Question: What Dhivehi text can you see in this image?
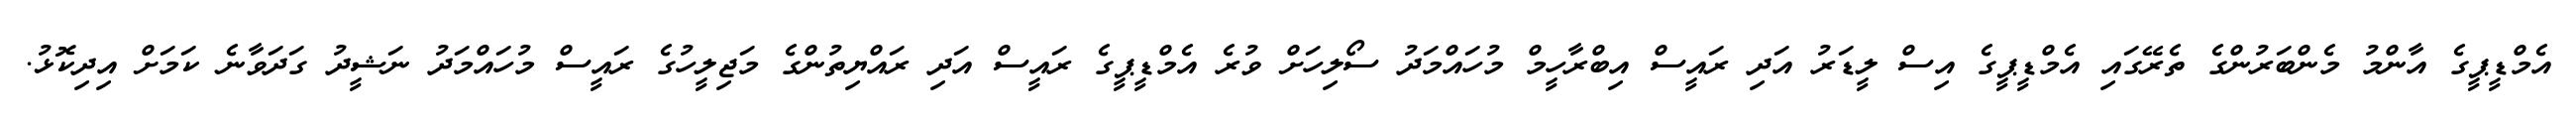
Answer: އެމްޑީޕީގެ އާންމު މެންބަރުންގެ ތެރޭގައި އެމްޑީޕީގެ އިސް ލީޑަރު އަދި ރައީސް އިބްރާހީމް މުހައްމަދު ސޯލިހަށް ވުރެ އެމްޑީޕީގެ ރައީސް އަދި ރައްޔިތުންގެ މަޖިލީހުގެ ރައީސް މުހައްމަދު ނަޝީދު ގަދަވާނެ ކަމަށް އިދިކޮޅު.